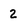
Character: 2